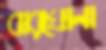
বারঘোনা